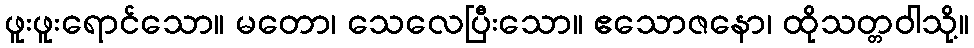
ဖူးဖူးရောင်သော။ မတော၊ သေလေပြီးသော။ ဧသောဇနော၊ ထိုသတ္တဝါသို့။